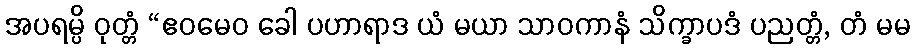
အပရမ္ပိ ဝုတ္တံ “ဧဝမေဝ ခေါ ပဟာရာဒ ယံ မယာ သာဝကာနံ သိက္ခာပဒံ ပညတ္တံ, တံ မမ